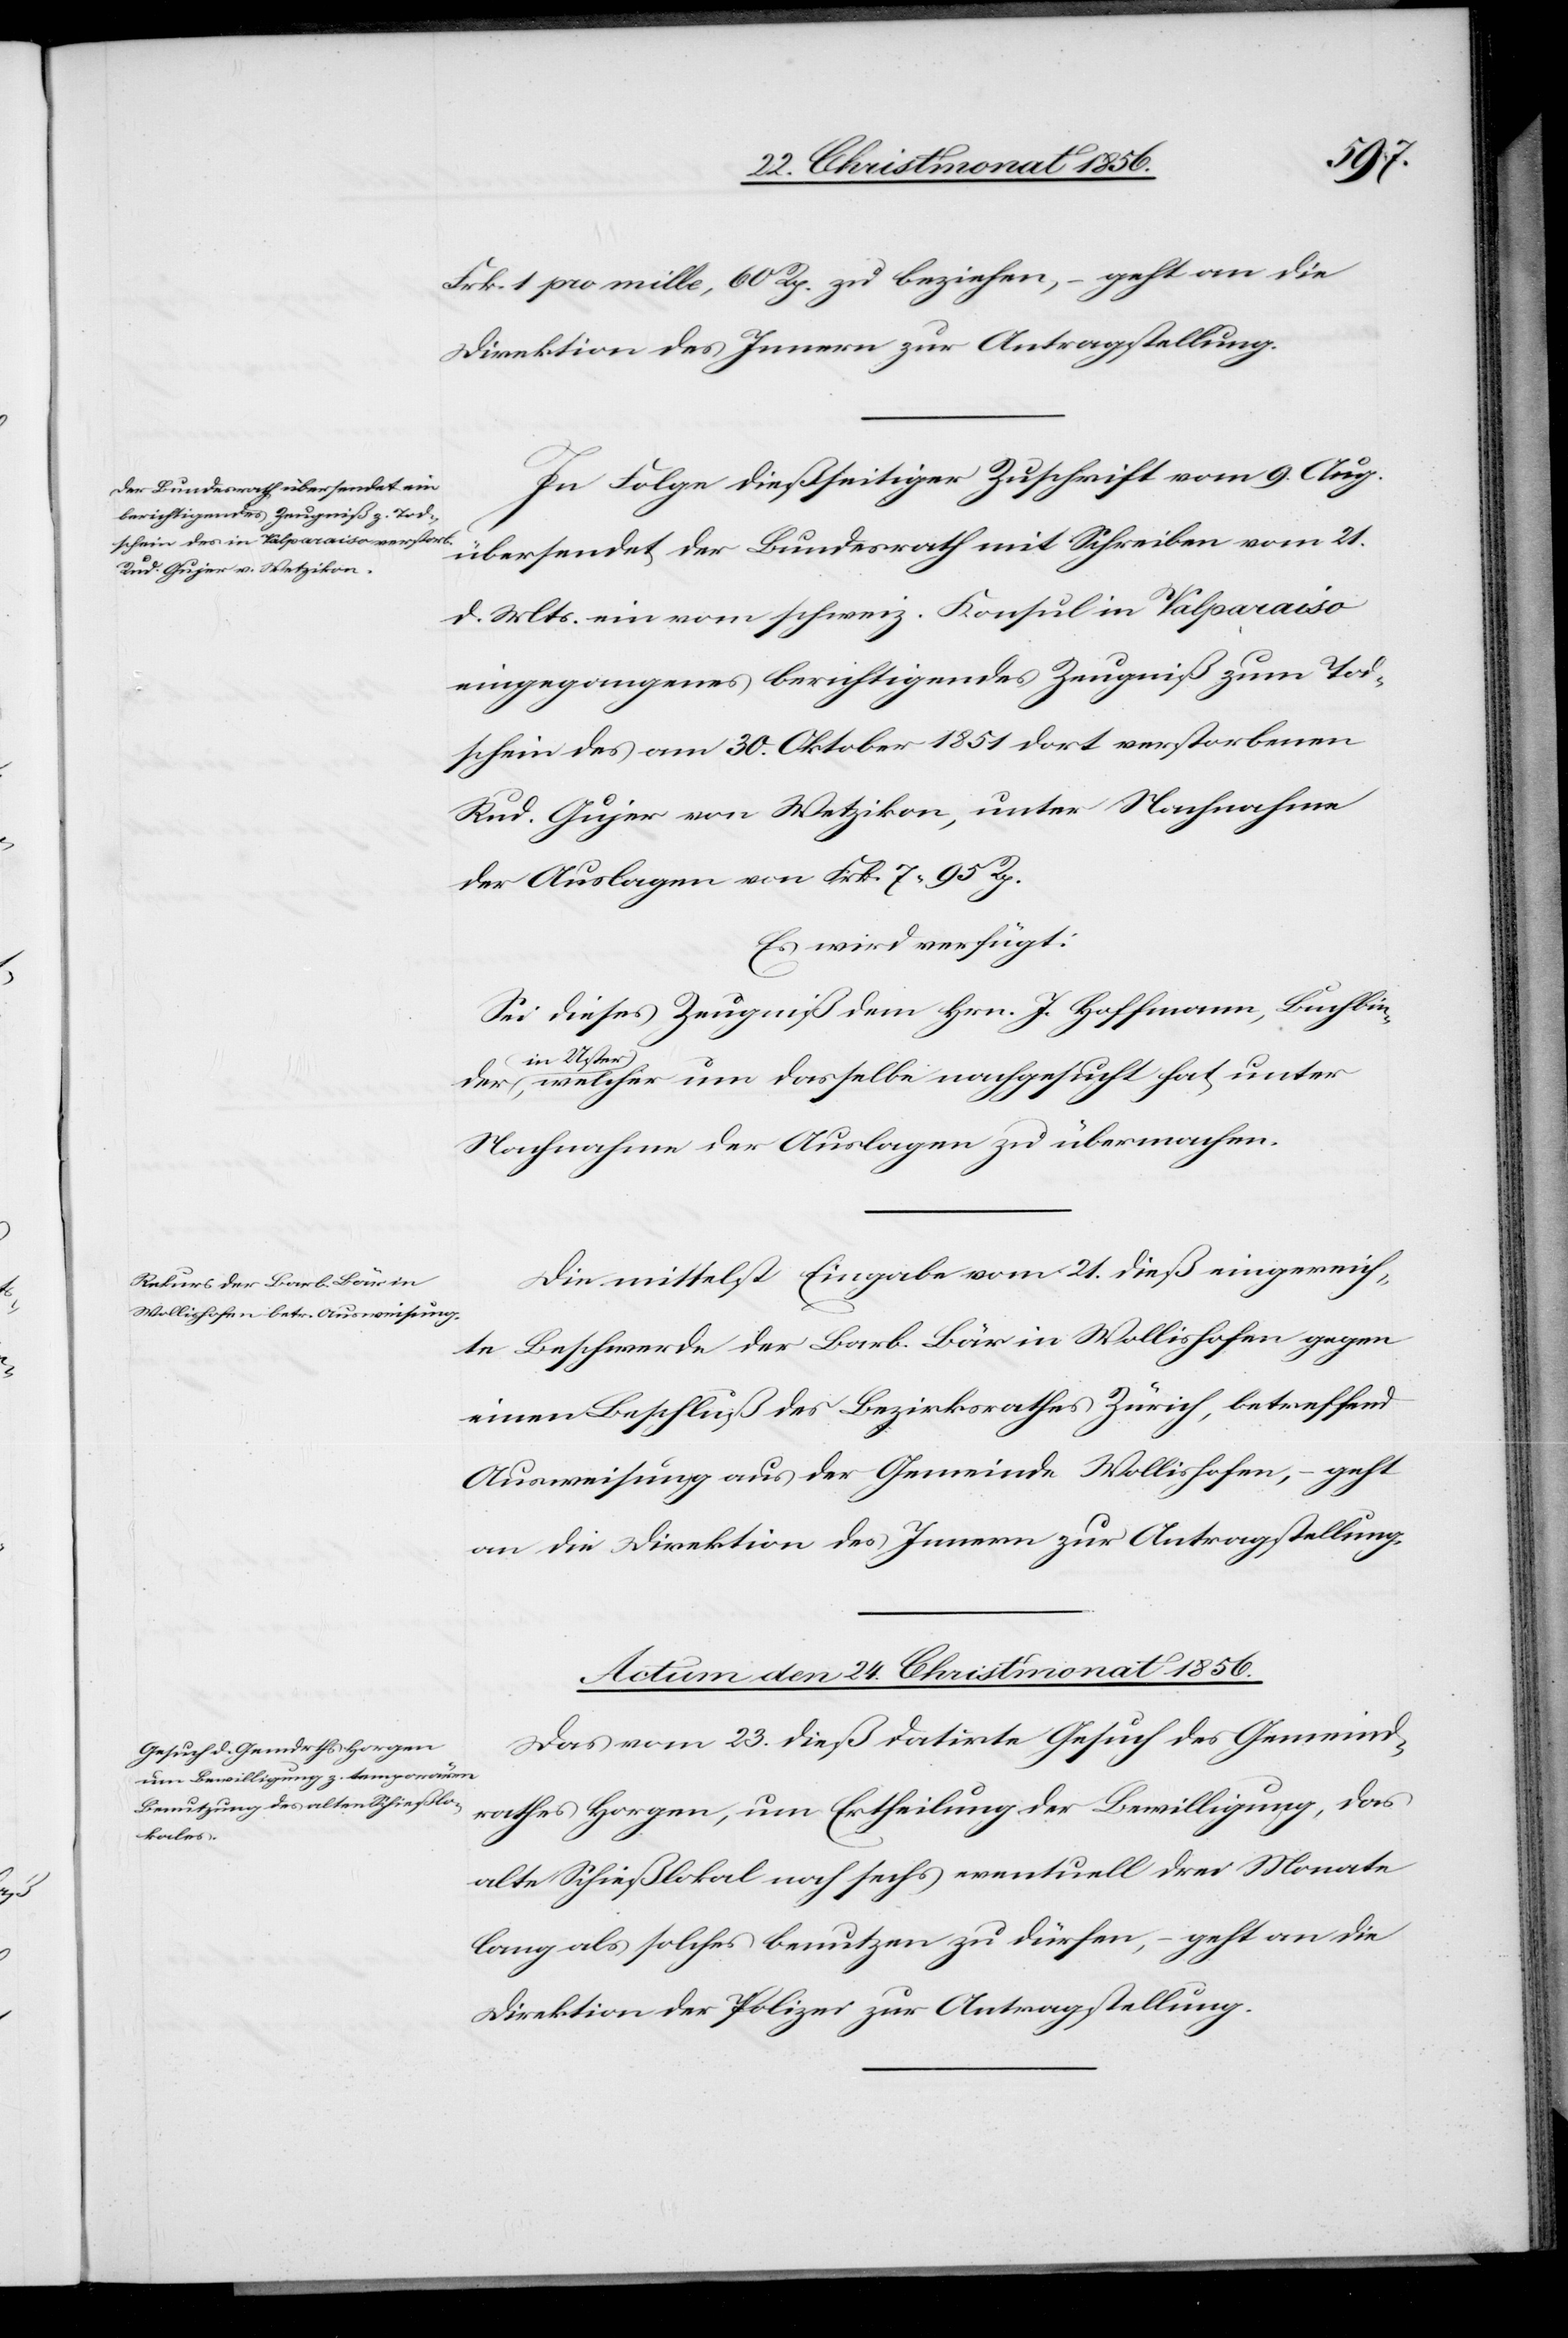
Frk. 1 pro mille, 60 Rp. zu beziehen, – geht an die
Direktion des Innern zur Antragstellung.
In Folge dießseitiger Zuschrift vom 9. Aug.
übersendet der Bundesrath mit Schreiben vom 21.
d. Mts. ein vom schweiz. Konsul in Valparaiso
eingegangenes berichtigendes Zeugniß zum Tod¬
schein des am 30. Oktober 1851 dort verstorbenen
Rud. Gujer von Wetzikon, unter Nachnahme
der Auslagen von Frk. 7. 95 Rp.
Es wird verfügt:
Sei dieses Zeugniß dem Hrn. J. Hoffmann, Buchbin¬
der
a-in Us¬
ter-a, welcher um dasselbe nachgesucht hat, unter
Nachnahme der Auslagen zu übermachen.
Die mittelst Eingabe vom 21. dieß eingereich¬
te Beschwerde der Barb. Bär in Wollishofen gegen
einen Beschluß des Bezirksrathes Zürich, betreffend
Ausweisung aus der Gemeinde Wollishofen, – geht
an die Direktion des Innern zur Antragstellung.
Actum den 24. Christmonat 1856.
Das vom 23. dieß datirte Gesuch des Gemeind¬
rathes Horgen, um Ertheilung der Bewilligung, das
alte Schießlokal noch sechs eventuell drei Monate
lang als solches benutzen zu dürfen, – geht an die
Direktion der Polizei zur Antragstellung.